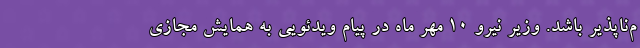
م‌ناپذیر باشد. وزیر نیرو 10 مهر ماه در پیام ویدئویی به همایش مجازی